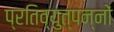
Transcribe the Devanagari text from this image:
प्रतिव्युत्पन्नों